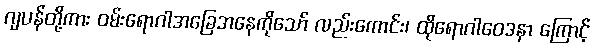
ဂျပန်တို့ကား ဝမ်းရောဂါအခြေအနေကိုသော် လည်းကောင်း၊ ထိုရောဂါဝေဒနာ ကြောင့်